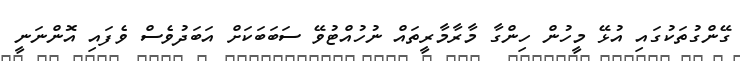
ގޭންގުތަކުގައި އުޅޭ މީހުން ހިންގާ މާރާމާރީތައް ނުހުއްޓުވޭ ސަބަބަކަށް އަބަދުވެސް ވެފައި އޮންނަނީ